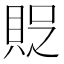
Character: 𧵐